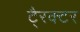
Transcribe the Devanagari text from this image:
टै्रक्टर